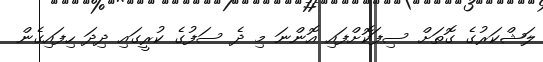
ލަޝްކަރުގެ ގޮތަށް ސިފަކޮށްފައި އޮންނަ މި ދެ ސަފުގެ ކުރީގައި ދިދަ ހިފައިގެން